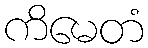
ကိမေတံ